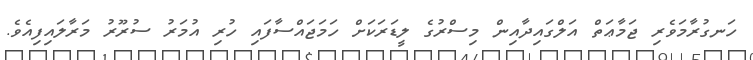
ހަނގުރާމަވެރި ޖަމާޢަތް އަލްގައިދާއިން މިސްރުގެ ލީޑަރަކަށް ހަމަޖައްސާފައި ހުރި އުމަރު ސުރޫރު މަރާލައިފިއެވެ.